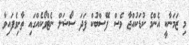
މި ޒަމަނާކީ އެންމެ ކުޑަކުއްޖާ ވެސް ފޭސްބުކް ފަދަ ސޯޝަލް ނެޓްވޯކެއްގައި ތާށިވެފައިވާ